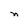
Character: n